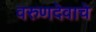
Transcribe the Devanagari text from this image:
वरुणदेवाचे